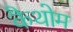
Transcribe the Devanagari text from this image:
कैथोम